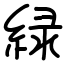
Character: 緑